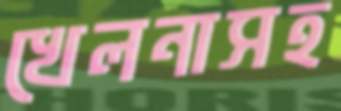
খেলনাসহ